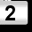
Digit: 2